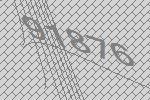
91876